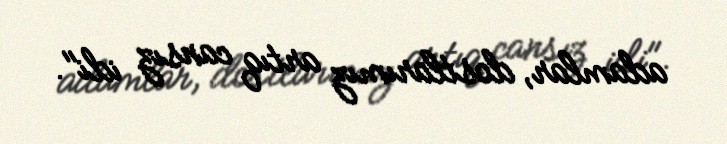
adamlar, dostlarımız artıq cansız idi".